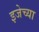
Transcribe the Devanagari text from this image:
इजेच्या